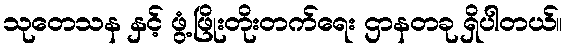
သုတေသန နှင့် ဖွံ့ဖြိုးတိုးတက်ရေး ဌာနတခု ရှိပါတယ်။